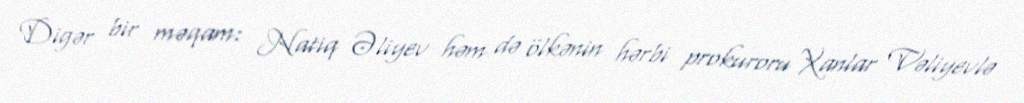
Digər bir məqam: Natiq Əliyev həm də ölkənin hərbi prokuroru Xanlar Vəliyevlə